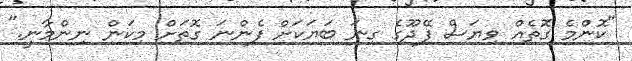
"ކޮންމެ ގޮތެއް ވިޔަސް ފޭދޫގެ ގިނަ ބަޔަކަށް ފެންނަ ގޮތަށް މިކަން ނިންމާނީ."